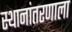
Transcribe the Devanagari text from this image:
स्थानांतरणाला